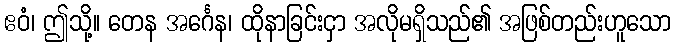
ဧဝံ၊ ဤသို့။ တေန အင်္ဂေန၊ ထိုနာခြင်းငှာ အလိုမရှိသည်၏ အဖြစ်တည်းဟူသော